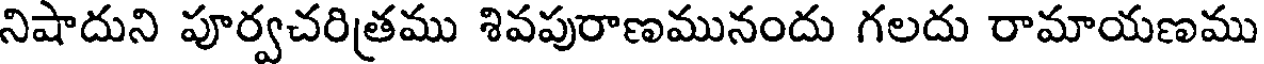
నిషాదుని పూర్వచరిత్రము శివపురాణమునందు గలదు రామాయణము